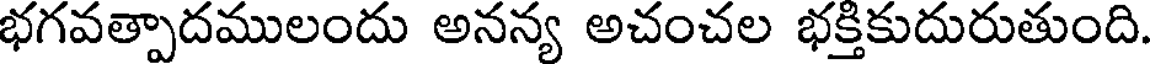
భగవత్పాదములందు అనన్య అచంచల భక్తికుదురుతుంది.